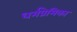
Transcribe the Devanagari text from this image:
धर्मप्रेमिका